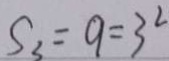
S _ { 3 } = 9 = 3 ^ { 2 }